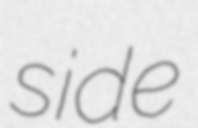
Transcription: side